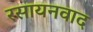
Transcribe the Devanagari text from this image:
रसायनवाद